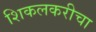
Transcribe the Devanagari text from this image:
शिकलकरीचा